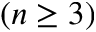
\left( n \geq 3 \right)